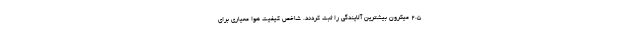
۲.۵ میکرون بیشترین آلایندگی را ثبت کردند. شاخص کیفیت هوا معیاری برای